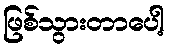
ဖြစ်သွားတာပေါ့